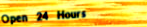
Open 24 Hours